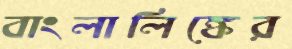
বাংলালিঙ্কের